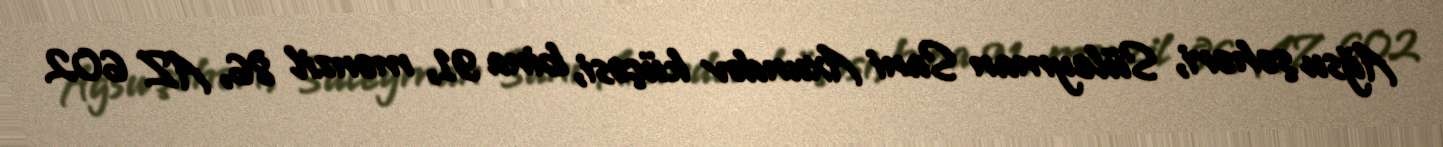
Ağsu şəhəri, Süleyman Sani Axundov küçəsi, bina 91, mənzil 86, AZ 602